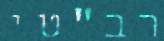
רב"טי